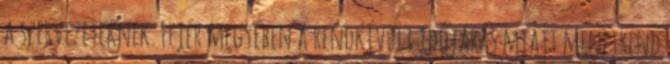
a szervezeteknek. Fejér megyében a rendkívüli időjárás miatt menetrend